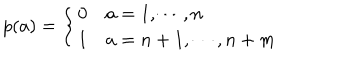
p ( a ) = \left\{ \begin{array} { l l } { { 0 } } & { { \hspace { 2 c m } a = 1 , \cdots , n } } \\ { { 1 } } & { { \hspace { 2 c m } a = n + 1 , \cdots , n + m } } \\ \end{array} \right.